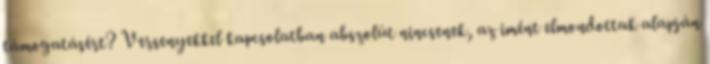
támogatásért? Versenyekkel kapcsolatban abszolút nincsenek, az imént elmondottak alapján